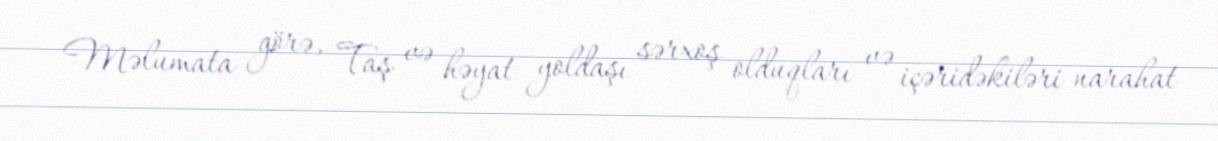
Məlumata görə, Taş və həyat yoldaşı sərxoş olduqları və içəridəkiləri narahat